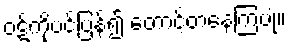
ဝဋ်ကိုပင်ပြန်၍ တောင့်တနေကြပုံ။